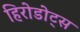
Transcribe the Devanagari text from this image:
हिरोडोट्स